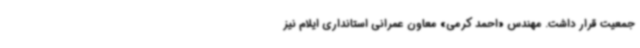
جمعیت قرار داشت. مهندس «احمد کرمی» معاون عمرانی استانداری ایلام نیز